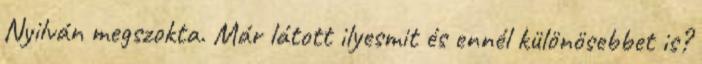
Nyilván megszokta. Már látott ilyesmit és ennél különösebbet is?